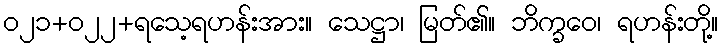
၀၂၁+၀၂၂+ရသေ့ရဟန်းအား။ သေဋ္ဌာ၊ မြတ်၏။ ဘိက္ခဝေ၊ ရဟန်းတို့။